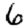
Digit: 6